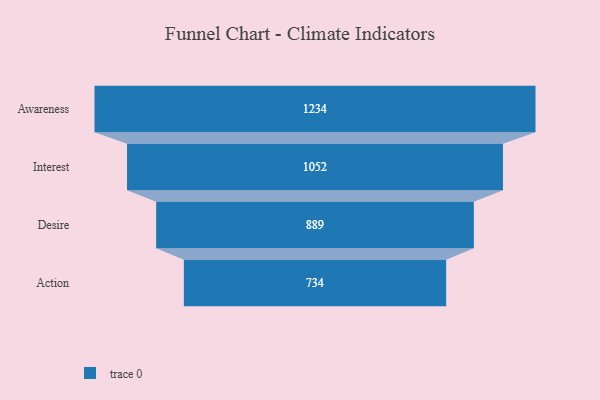
{"axis": {"x": "Stage", "y": "Value"}, "legend": [""], "data": [{"x": "Awareness", "y": 1234.0, "type": ""}, {"x": "Interest", "y": 1052.0, "type": ""}, {"x": "Desire", "y": 889.0, "type": ""}, {"x": "Action", "y": 734.0, "type": ""}]}